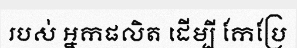
របស់ អ្នកផលិត ដើម្បី កែប្រែ